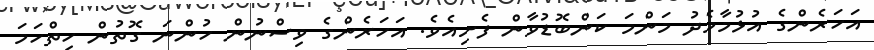
އަހަރެންގެ އުޅުމާމެދު މަންމަ ކަންބޮޑުވާން ފެށިއެވެ. އަހަރެންގެ ވިސްނުން ހުންނަ ގޮތުން ހިތްހަމަ